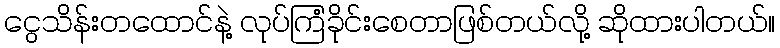
ငွေသိန်းတထောင်နဲ့ လုပ်ကြံခိုင်းစေတာဖြစ်တယ်လို့ ဆိုထားပါတယ်။